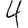
Digit: 4